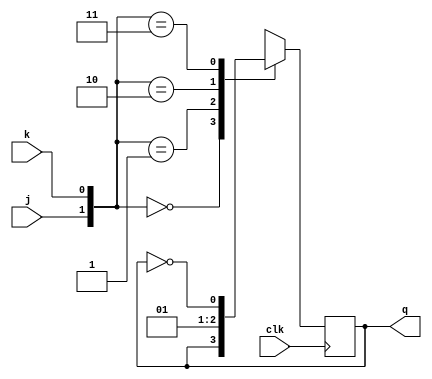
`timescale 1ns / 1ps
//////////////////////////////////////////////////////////////////////////////////
// Company: 
// Engineer: 
// 
// Design Name: 
// Module Name:    jk_ff 
// Project Name: 
// Target Devices: 
// Tool versions: 
// Description: 
//
// Dependencies: 
//
// Revision: 
// Revision 0.01 - File Created
// Additional Comments: 
//
//////////////////////////////////////////////////////////////////////////////////
module jk_ff(
    input j,
    input k,
    input clk,
    output reg q
    );
initial
q=1'b1;
always @(posedge clk)
begin
case ({j,k})
	0:q=q;
	1:q=0;
	2:q=1;
	3:q=~q;
endcase
end
endmodule